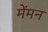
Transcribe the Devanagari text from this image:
मेंमन